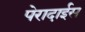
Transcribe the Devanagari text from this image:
पेरादाईस